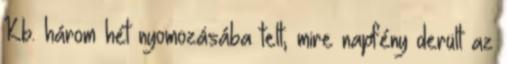
Kb. három hét nyomozásába telt, mire napfény derült az